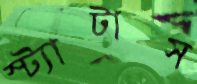
স্ট্যাটাস